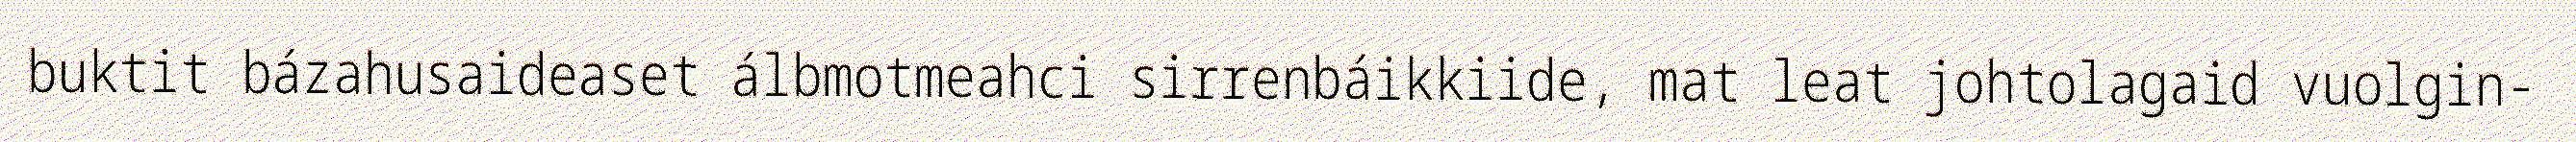
buktit bázahusaideaset álbmotmeahci sirrenbáikkiide, mat leat johtolagaid vuolgin-